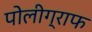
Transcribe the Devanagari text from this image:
पोलीग्राफ